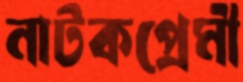
নাটকপ্রেমী